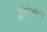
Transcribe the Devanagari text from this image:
तोलेप्रोस्कोपी